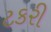
ટકરી